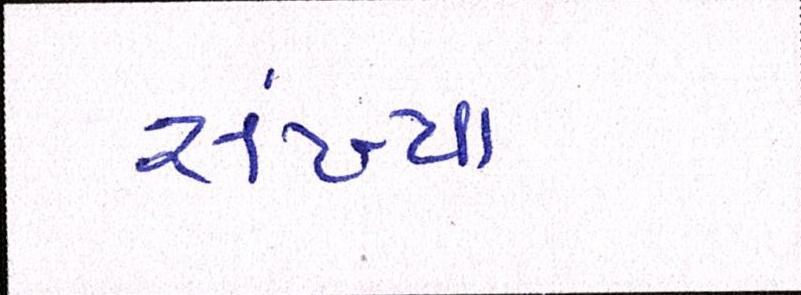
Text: સંખ્યાં